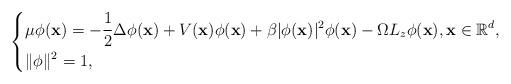
LaTeX: \begin{align*}\left\{\begin{aligned}& \mu\phi(\mathbf{x}) = -\frac12\Delta\phi(\mathbf{x})+V(\mathbf{x})\phi(\mathbf{x})+\beta|\phi(\mathbf{x})|^2\phi(\mathbf{x})-\Omega L_z\phi(\mathbf{x}),\mathbf{x}\in\mathbb{R}^d, \\& \|\phi\|^2=1,\end{aligned}\right.\end{align*}